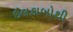
ઈલકાબોથી